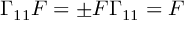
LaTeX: \Gamma _ { 1 1 } F = \pm F \Gamma _ { 1 1 } = F